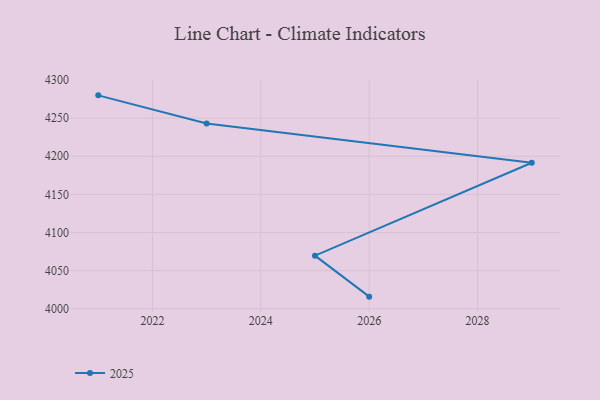
{"axis": {"x": "Year", "y": "Latency (ms)"}, "legend": ["2025"], "data": [{"x": "2026", "y": 4015.9, "type": "2025"}, {"x": "2025", "y": 4069.7, "type": "2025"}, {"x": "2029", "y": 4191.5, "type": "2025"}, {"x": "2023", "y": 4243.0, "type": "2025"}, {"x": "2021", "y": 4279.9, "type": "2025"}]}